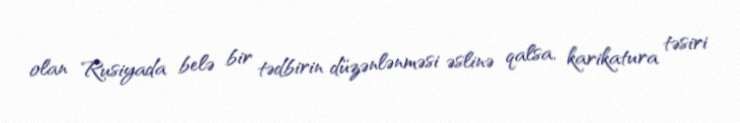
olan Rusiyada belə bir tədbirin düzənlənməsi əslinə qalsa, karikatura təsiri